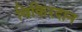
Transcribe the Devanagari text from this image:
विकिरदान